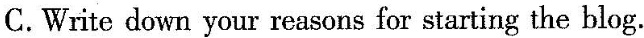
C.Write down your reasons for starting the blog .